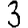
Digit: 3